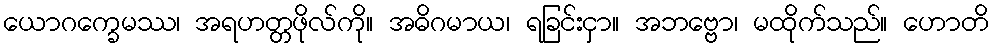
ယောဂက္ခေမဿ၊ အရဟတ္တဖိုလ်ကို။ အဓိဂမာယ၊ ရခြင်းငှာ။ အဘဗ္ဗော၊ မထိုက်သည်။ ဟောတိ